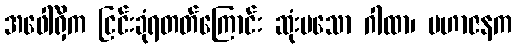
အဖေါ်ရှိက ငြင်းခုံရတတ်ကြောင်း ဆုံးမသော ဂါထာ၊ မဟာဇနက